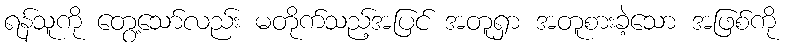
ရန်သူကို တွေ့သော်လည်း မတိုက်သည့်အပြင် အတူရှာ အတူစားခဲ့သော အဖြစ်ကို